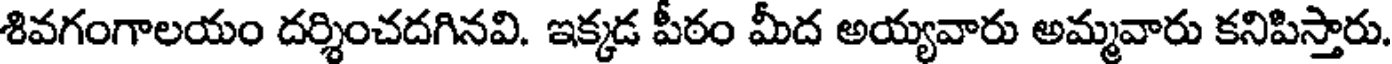
శివగంగాలయం దర్శించదగినవి. ఇక్కడ పీఠం మీద అయ్యవారు అమ్మవారు కనిపిస్తారు